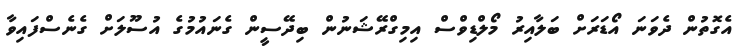
އެގޮތުން ދެވަނަ އޯޑަރަށް ބަލާއިރު މޯލްޑިވްސް އިމިގްރޭޝަނުން ބިދޭސީން ގެނައުމުގެ އުސޫލަށް ގެނެސްފައިވާ